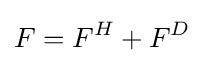
F=F^{H}+F^{D}